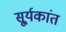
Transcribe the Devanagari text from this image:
सू्र्यकांत